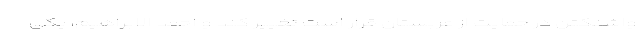
واشنگتن در حمایت از عربستان قرار است تغییر کند و احمد الابراهیم، یکی